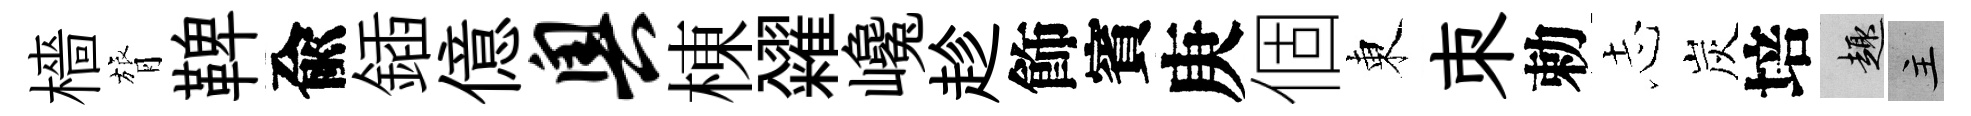
檣膂鞞兪鍤億奥棟糴巉趁飾賓庚個東朿勅𢖽炭培趣主